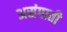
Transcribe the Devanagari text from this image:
असंपाती